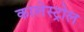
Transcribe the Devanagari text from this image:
कालेस्ट्रोल